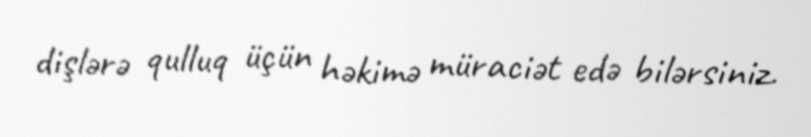
dişlərə qulluq üçün həkimə müraciət edə bilərsiniz.